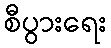
စီပွားရေး